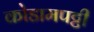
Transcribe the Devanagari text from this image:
कोडामपट्टी